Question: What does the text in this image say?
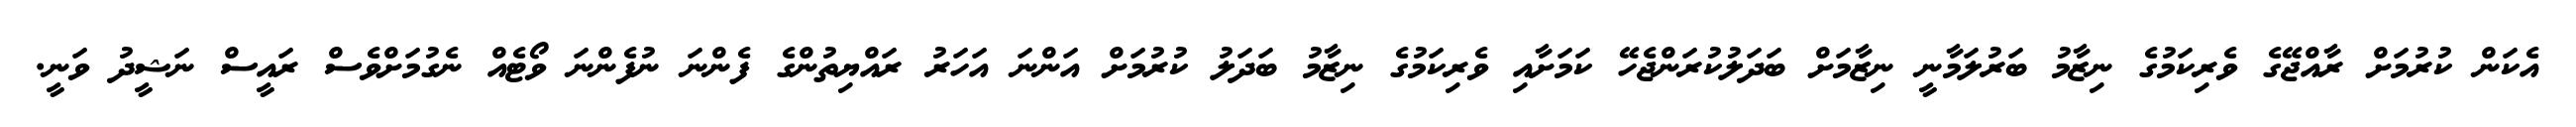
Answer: އެކަން ކުރުމަށް ރާއްޖޭގެ ވެރިކަމުގެ ނިޒާމު ބަރުލަމާނީ ނިޒާމަށް ބަދަލުކުރަންޖެހޭ ކަމަށާއި ވެރިކަމުގެ ނިޒާމު ބަދަލު ކުރުމަށް އަންނަ އަހަރު ރައްޔިތުންގެ ފެންނަ ނުފެންނަ ވޯޓެއް ނެގުމަށްވެސް ރައީސް ނަޝީދު ވަނީ.